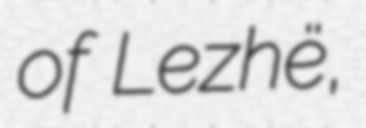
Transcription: of Lezhë,